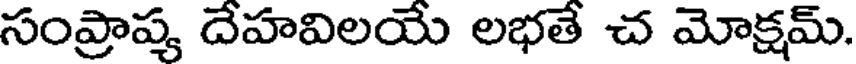
సంప్రాప్య దేహవిలయే లభతే చ మోక్షమ్.